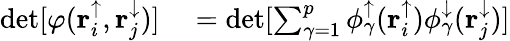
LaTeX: \begin{array}{rl}{\operatorname*{det}[\varphi(\mathbf{r}_{i}^{\uparrow},\mathbf{r}_{j}^{\downarrow})]}&{{}=\operatorname*{det}[\sum_{\gamma=1}^{p}\phi_{\gamma}^{\uparrow}(\mathbf{r}_{i}^{\uparrow})\phi_{\gamma}^{\downarrow}(\mathbf{r}_{j}^{\downarrow})]}\end{array}